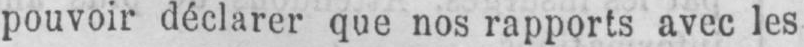
pouvoir déclarer que nos rapports avec les